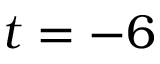
t = - 6